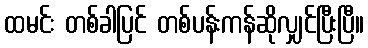
ထမင်း တစ်ခါပြင် တစ်ပန်းကန်ဆိုလျှင်ပြီးပြီ။